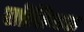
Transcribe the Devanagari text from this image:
सोसियाल